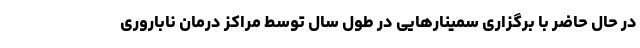
در حال حاضر با برگزاری سمینارهایی در طول سال توسط مراکز درمان ناباروری